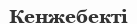
Кенжебекті